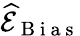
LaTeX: \widehat{\mathcal{E}}_{\mathrm{~B~i~a~s~}}